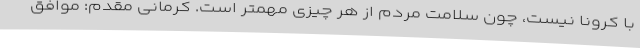
با کرونا نیست، چون سلامت مردم از هر چیزی مهمتر است. کرمانی مقدم: موافق